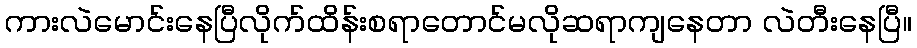
ကားလဲမောင်းနေပြီလိုက်ထိန်းစရာတောင်မလိုဆရာကျနေတာ လဲတီးနေပြီ။